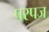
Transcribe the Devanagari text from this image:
परपज